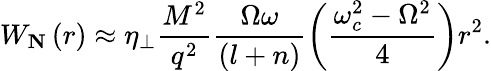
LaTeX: W_{\mathbf{N}}\left(r\right)\approx\eta_{\perp}\frac{M^{2}}{q^{2}}\frac{\Omega\omega}{\left(l+n\right)}\left(\frac{\omega_{c}^{2}-\Omega^{2}}{4}\right)r^{2}.